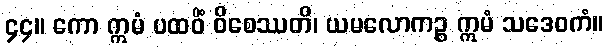
၄၄။ ကော ဣမံ ပထဝိံ ဝိစေဿတိ၊ ယမလောကဉ္စ ဣမံ သဒေဝကံ။